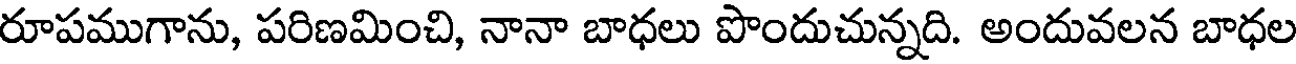
రూపముగాను, పరిణమించి, నానా బాధలు పొందుచున్నది. అందువలన బాధల